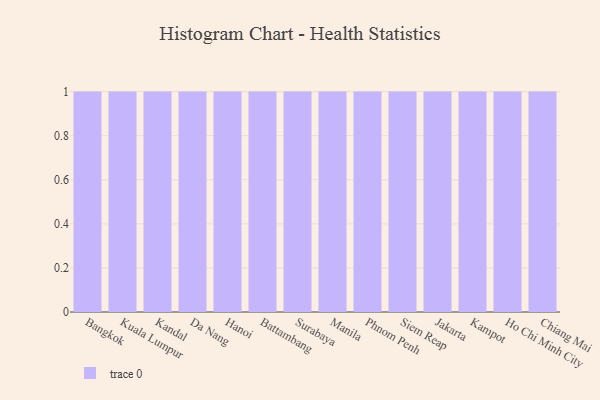
{"axis": {"x": "City", "y": "Website Visitors"}, "legend": [""], "data": [{"x": "Bangkok", "y": 69, "type": ""}, {"x": "Kuala Lumpur", "y": 13, "type": ""}, {"x": "Kandal", "y": 76, "type": ""}, {"x": "Da Nang", "y": 20, "type": ""}, {"x": "Hanoi", "y": 80, "type": ""}, {"x": "Battambang", "y": 73, "type": ""}, {"x": "Surabaya", "y": 14, "type": ""}, {"x": "Manila", "y": 55, "type": ""}, {"x": "Phnom Penh", "y": 70, "type": ""}, {"x": "Siem Reap", "y": 81, "type": ""}, {"x": "Jakarta", "y": 18, "type": ""}, {"x": "Kampot", "y": 57, "type": ""}, {"x": "Ho Chi Minh City", "y": 1, "type": ""}, {"x": "Chiang Mai", "y": 51, "type": ""}]}